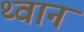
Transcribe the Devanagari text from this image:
थ्वान